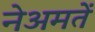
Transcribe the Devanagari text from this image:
नेअमतेें